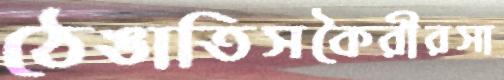
ঠেঙাতিসকৈরীরসা